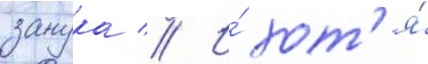
занука // И́ хот'я́